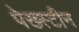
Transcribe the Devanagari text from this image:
पेख्स्टीन